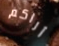
أراكم